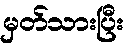
မှတ်သားပြီး